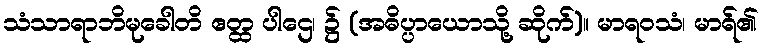
သံသာရာဘိမုခေါတိ ဧတ္ထ ပါဌေ၊ ၌ (အဓိပ္ပာယောသို့ ဆိုက်)။ မာရဝသံ၊ မာရ်၏